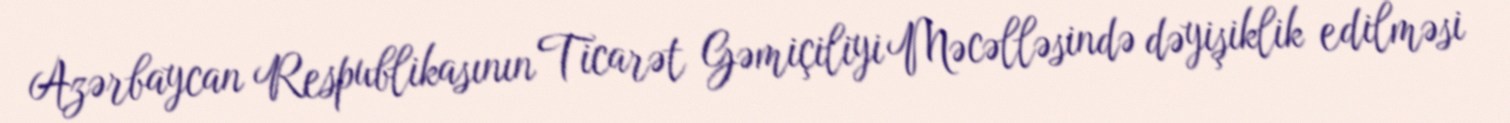
Azərbaycan Respublikasının Ticarət Gəmiçiliyi Məcəlləsində dəyişiklik edilməsi